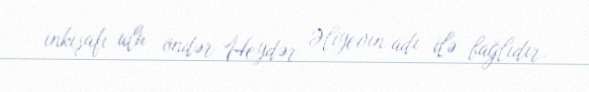
inkişafı ulu öndər Heydər Əliyevin adı ilə bağlıdır.